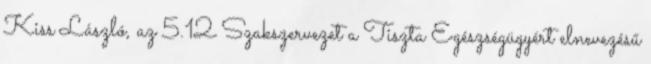
Kiss László, az 5.12 Szakszervezet a Tiszta Egészségügyért elnevezésű